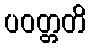
ပဝတ္တတိ